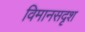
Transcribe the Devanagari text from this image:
विमानसदृश